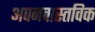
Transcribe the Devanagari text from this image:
अपनवास्तविक